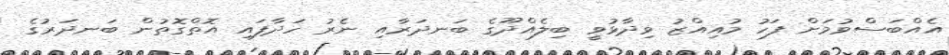
އެއްބަސްވުމަށް ފަހު މުއިއްޒު ވިދާޅުވީ ބިލެއްދޫގެ ބަނދަރާއި ނެރު ހަދާފައި އޮތްގޮތުން ބަނދަރުގެ